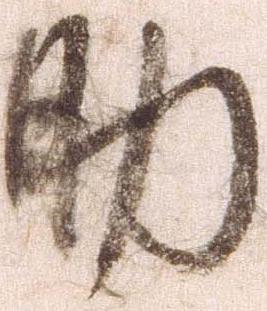
助